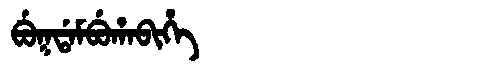
Manchu: ᠪᡠᡴᡩᠠᠮᠪᡠᡥᠠᠪᡳᡥᡝ
Romanization: BUKDAMBUHABIHE